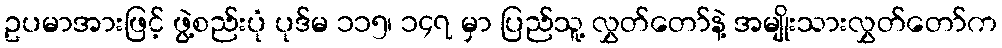
ဥပမာအားဖြင့် ဖွဲ့စည်းပုံ ပုဒ်မ ၁၁၅၊ ၁၄၇ မှာ ပြည်သူ့ လွှတ်တော်နဲ့ အမျိုးသားလွှတ်တော်က